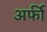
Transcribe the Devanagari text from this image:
अर्फी